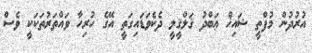
އުރުދުން މުފްތީ ޝައިޚް ޢަބްދު ޤަލްޤީލީ ދެކެވަޑައިގަތީ އޭގެ ހުރިހާ ވައްތަރުތަކަކީ ވެސް